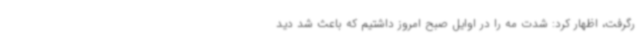
رگرفت، اظهار کرد: شدت مه را در اوایل صبح امروز داشتیم که باعث شد دید